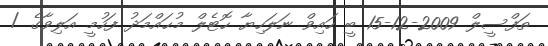
ތަފްސީލް 2009-12-15 ބީ ހައިވް ނަލަހިޔާ ހޮޓެލް މުޙައްމަދު ފަހުމީ އަލިވާގެ /